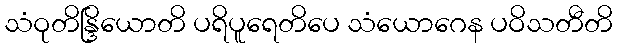
သံဝုတိန္ဒြိယောတိ ပရိပူရေတိပေ သံယောဂေန ပဝိသတီတိ